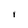
Character: I